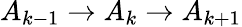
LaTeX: A_{k-1}\to A_{k}\to A_{k+1}